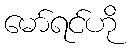
မော်ရင်ဟို